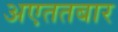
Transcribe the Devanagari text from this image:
अएततबार